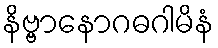
နိဗ္ဗာနောဂဓဂါမိနံ